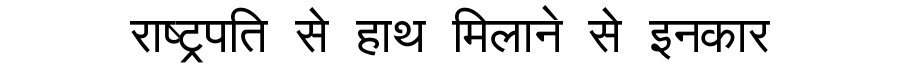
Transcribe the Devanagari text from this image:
राष्ट्रपति से हाथ मिलाने से इनकार